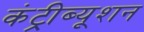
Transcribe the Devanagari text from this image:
कंट्रीब्यूशन